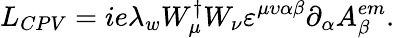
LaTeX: L_{CPV}=ie\lambda_{w}W_{\mu}^{\dagger}W_{\nu}\varepsilon^{\mu\upsilon\alpha\beta}\partial_{\alpha}A_{\beta}^{em}.